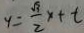
y = \frac { \sqrt { 3 } } { 2 } x + t